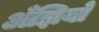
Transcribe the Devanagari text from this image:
अँझियो